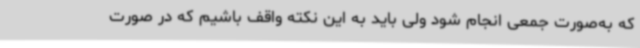
که به‌صورت جمعی انجام شود ولی باید به این نکته واقف باشیم که در صورت